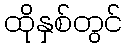
ထိုနှစ်တွင်